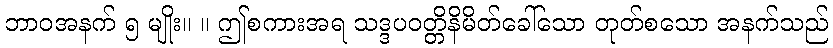
ဘာဝအနက် ၅ မျိုး။ ။ ဤစကားအရ သဒ္ဒပဝတ္တိနိမိတ်ခေါ်သော တုတ်စသော အနက်သည်